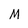
Character: M